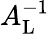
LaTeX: A_{\mathrm{L}}^{-1}